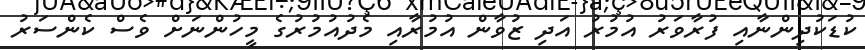
ކުޑަކުދިންނާއި ފުރާވަރު އުމުރު އަދި ޒުވާން އުމުރާއި މެދުއުމުރުގެ މީހުންނަށް ވެސް ކެންސަރު